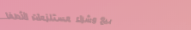
بيع وشراء مستلزمات الأطفا